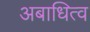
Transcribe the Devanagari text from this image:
अबाधित्व